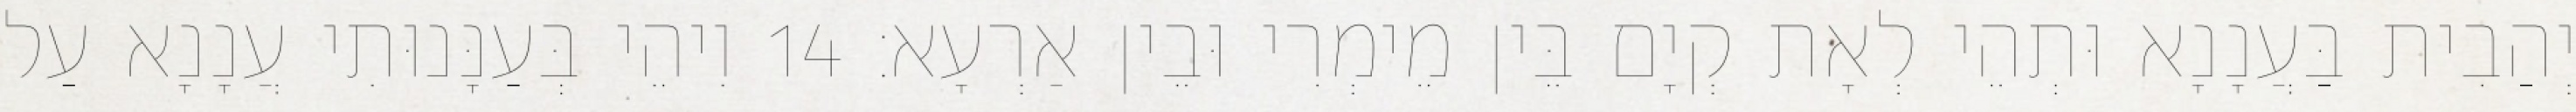
יְהַבִית בַּעֲנָנָא וּתְהֵי לְאָת קְיָם בֵּין מֵימְרִי וּבֵין אַרְעָא׃ 14 וִיהֵי בְּעַנָּנוּתִי עֲנָנָא עַל